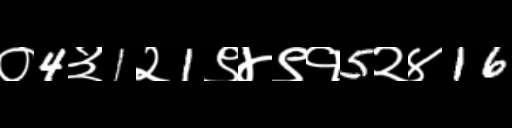
Text: ०4३1२1९४९१5२४16